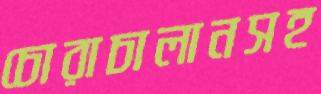
চোরাচালানসহ